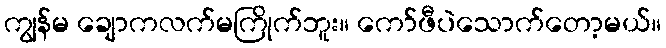
ကျွန်မ ချောကလက်မကြိုက်ဘူး။ ကော်ဖီပဲသောက်တော့မယ်။